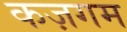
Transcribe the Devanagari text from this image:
कज़गम